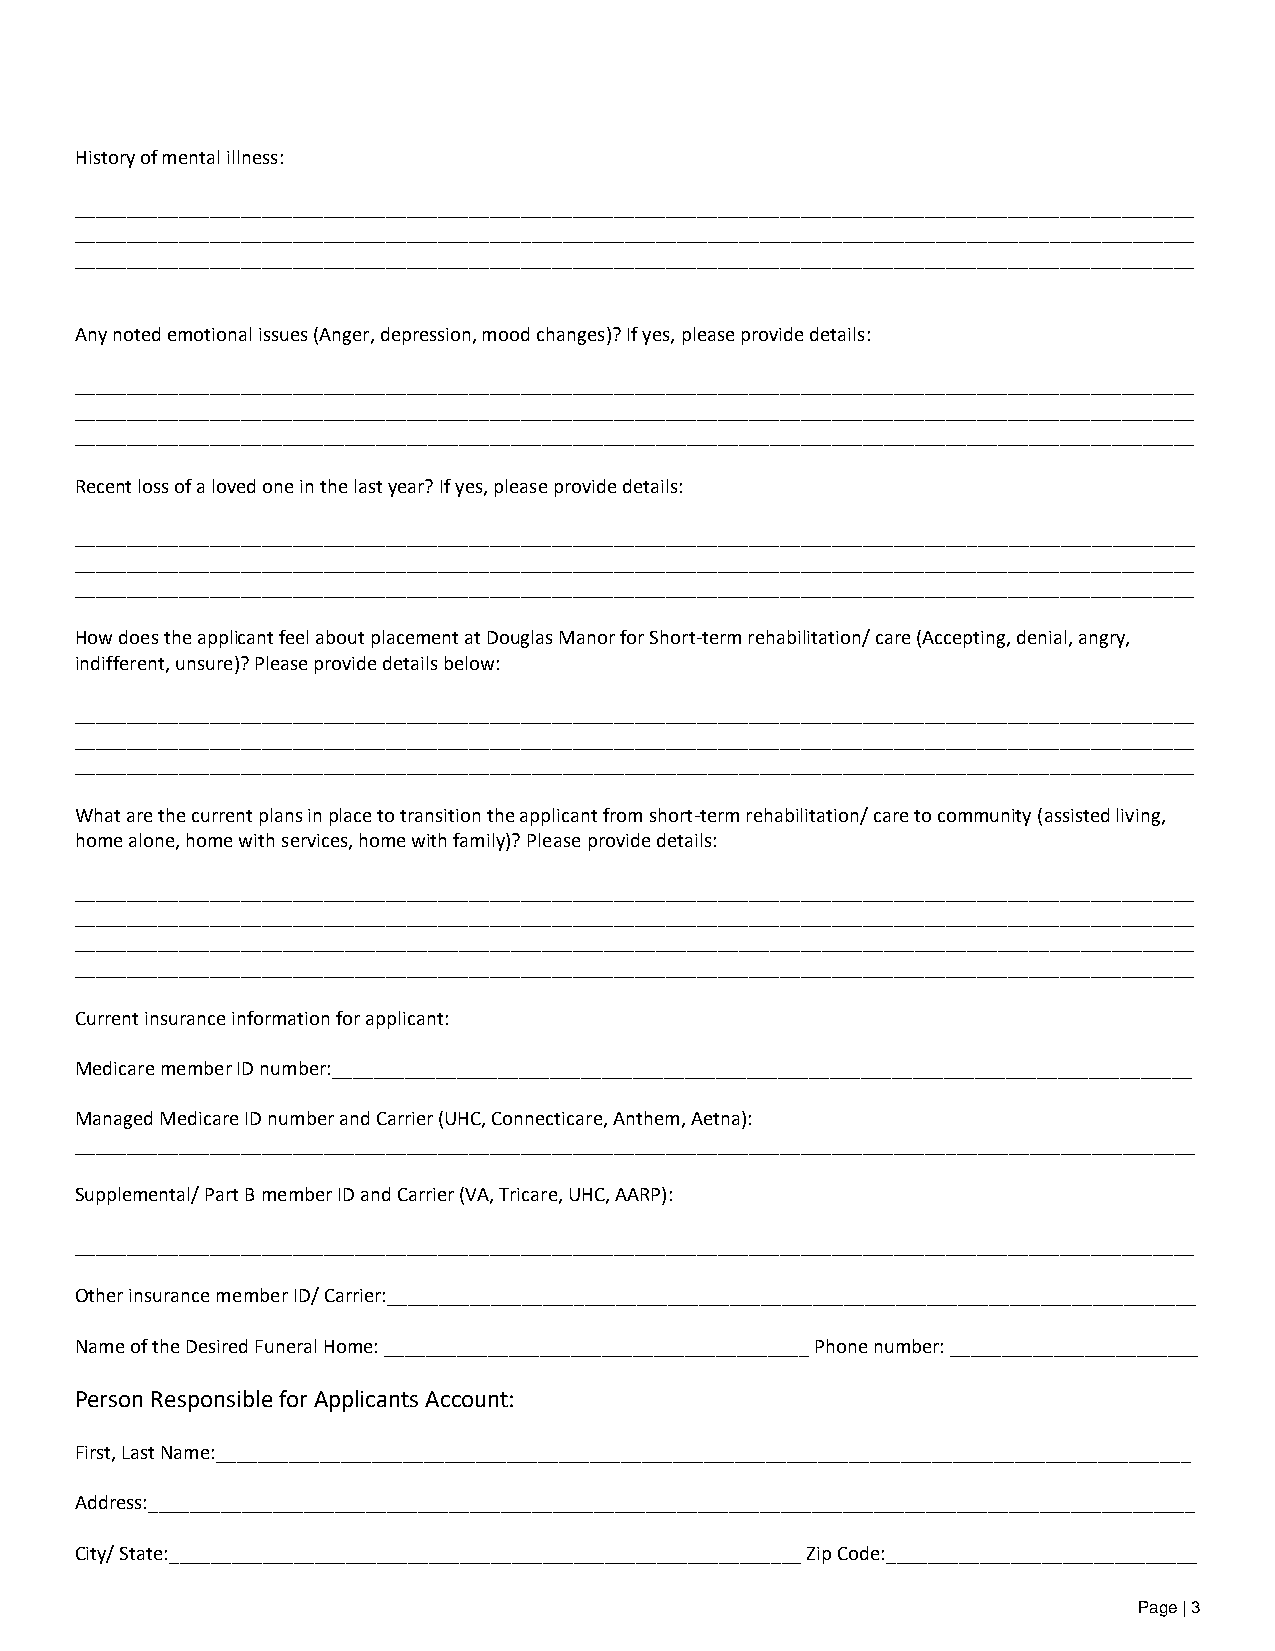
History of mental illness:
 ____________________________________________________________________________________________________________
 ____________________________________________________________________________________________________________
 ____________________________________________________________________________________________________________
 Any noted emotional issues (Anger, depression, mood changes)? If yes, please provide details:
 ____________________________________________________________________________________________________________
 ____________________________________________________________________________________________________________
 ____________________________________________________________________________________________________________
 Recent loss of a loved one in the last year? If yes, please provide details:
 ____________________________________________________________________________________________________________
 ____________________________________________________________________________________________________________
 ____________________________________________________________________________________________________________
 How does the applicant feel about placement at Douglas Manor for Short-term rehabilitation/ care (Accepting, denial, angry,
 indifferent, unsure)? Please provide details below:
 ____________________________________________________________________________________________________________
 ____________________________________________________________________________________________________________
 ____________________________________________________________________________________________________________
 What are the current plans in place to transition the applicant from short-term rehabilitation/ care to community (assisted living,
 home alone, home with services, home with family)? Please provide details:
 ____________________________________________________________________________________________________________
 ____________________________________________________________________________________________________________
 ____________________________________________________________________________________________________________
 ____________________________________________________________________________________________________________
 Current insurance information for applicant:
 Medicare member ID number:___________________________________________________________________________________
 Managed Medicare ID number and Carrier (UHC, Connecticare, Anthem, Aetna):
 ____________________________________________________________________________________________________________
 Supplemental/ Part B member ID and Carrier (VA, Tricare, UHC, AARP):
 ____________________________________________________________________________________________________________
 Other insurance member ID/ Carrier:______________________________________________________________________________
 Name of the Desired Funeral Home: _________________________________________ Phone number: ________________________
 Person Responsible for Applicants Account:
 First, Last Name:______________________________________________________________________________________________
 Address:_____________________________________________________________________________________________________
 City/ State:_____________________________________________________________ Zip Code:______________________________
 Page | 3